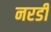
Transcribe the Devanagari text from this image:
नरडी